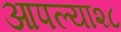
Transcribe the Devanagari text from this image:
आपल्या२८